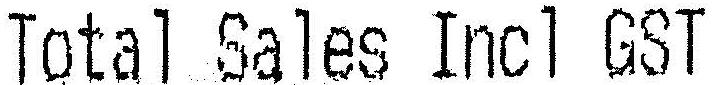
TOTAL SALES INCL GST